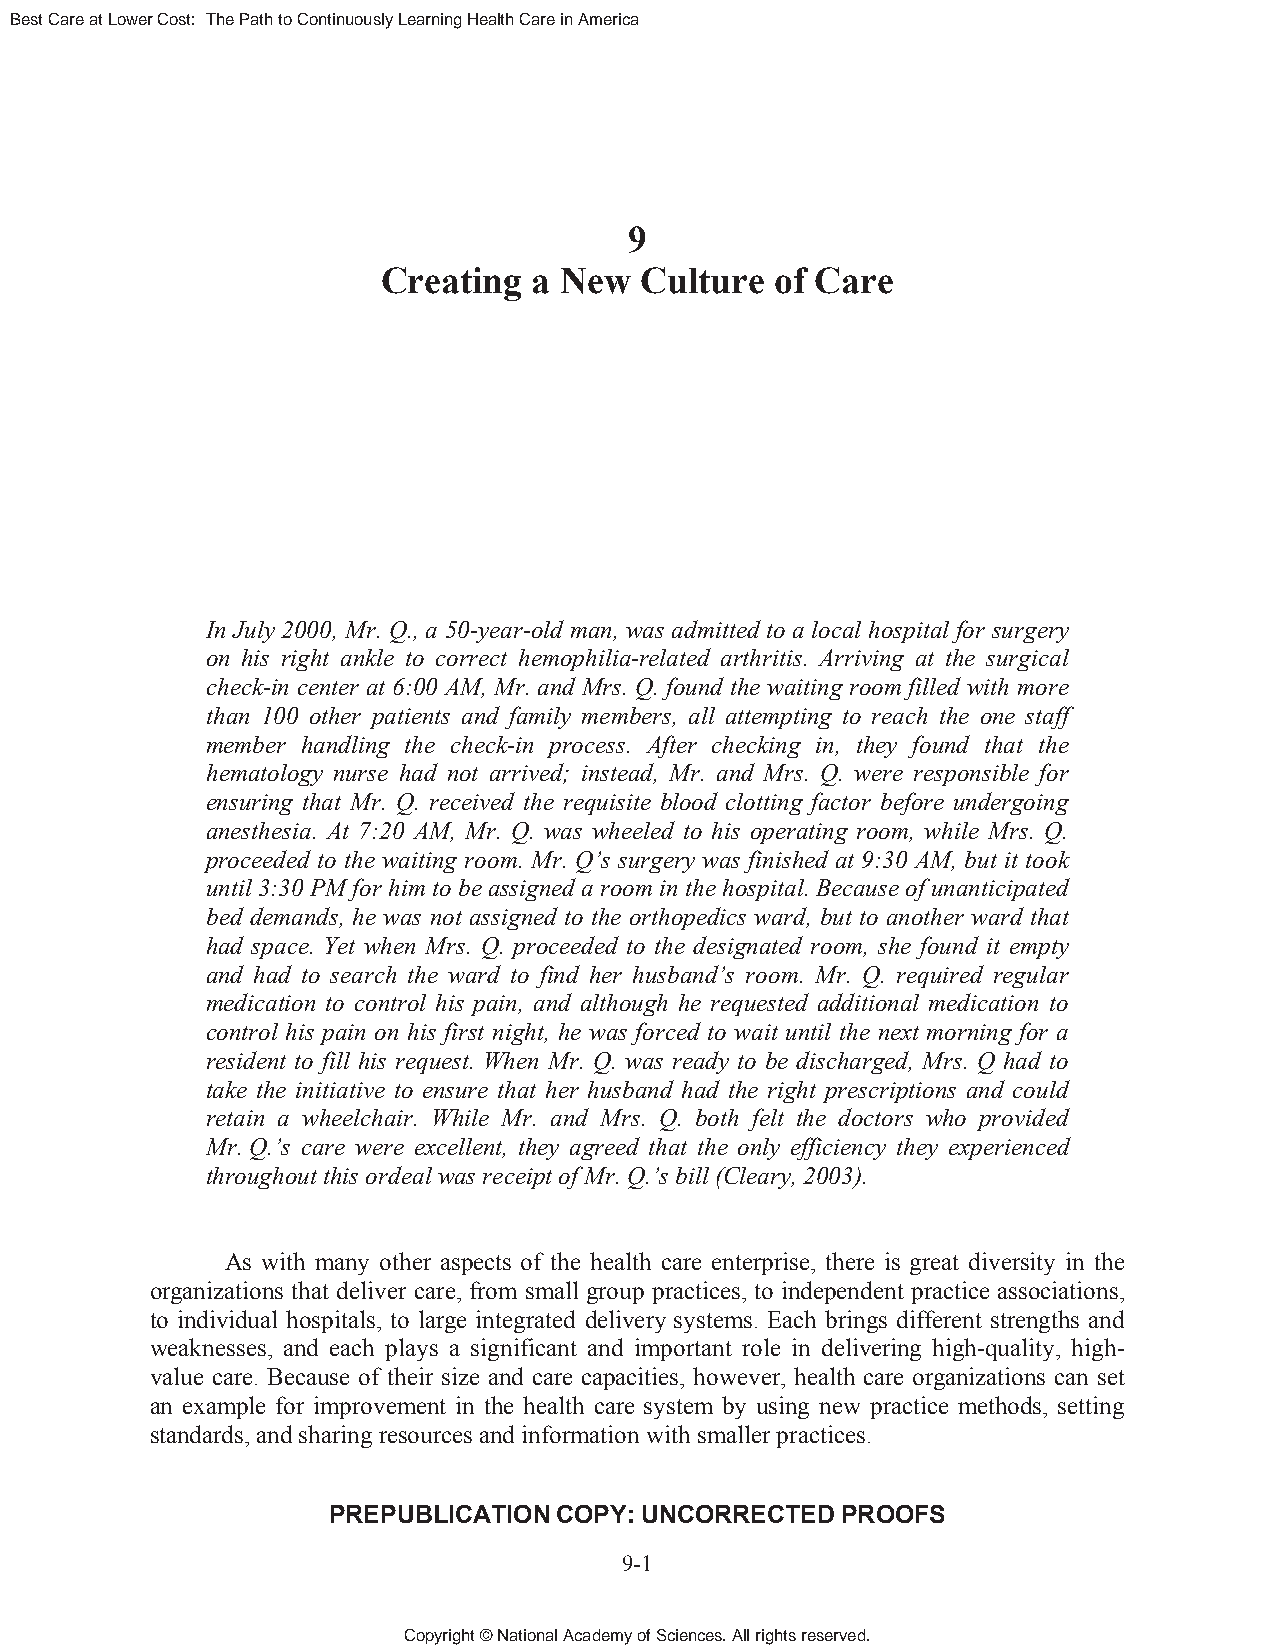
Best Care at Lower Cost: The Path to Continuously Learning Health Care in America
 9
 Creating  a New  Culture  of Care
 In July 2000, Mr. Q., a 50-year-old man, was admitted to a local hospital for surgery
 on his right ankle to correct hemophilia-related arthritis. Arriving at the surgical
 check-in center at 6:00 AM, Mr. and Mrs. Q. found the waiting room filled with more
 than 100 other patients and family members, all attempting to reach the one staff
 member handling the check-in process. After checking in, they found that the
 hematology nurse had not arrived; instead, Mr. and Mrs. Q. were responsible for
 ensuring that Mr. Q. received the requisite blood clotting factor before undergoing
 anesthesia. At 7:20 AM, Mr. Q. was wheeled to his operating room, while Mrs. Q.
 proceeded to the waiting room. Mr. Q’s surgery was finished at 9:30 AM, but it took
 until 3:30 PM for him to be assigned a room in the hospital. Because of unanticipated
 bed demands, he was not assigned to the orthopedics ward, but to another ward that
 had space. Yet when Mrs. Q. proceeded to the designated room, she found it empty
 and had to search the ward to find her husband’s room. Mr. Q. required regular
 medication to control his pain, and although he requested additional medication to
 control his pain on his first night, he was forced to wait until the next morning for a
 resident to fill his request. When Mr. Q. was ready to be discharged, Mrs. Q had to
 take the initiative to ensure that her husband had the right prescriptions and could
 retain a wheelchair. While Mr. and Mrs. Q. both felt the doctors who provided
 Mr. Q.’s care were excellent, they agreed that the only efficiency they experienced
 throughout this ordeal was receipt of Mr. Q.’s bill (Cleary, 2003).
 As with many other aspects of the health care enterprise, there is great diversity in the
 organizations that deliver care, from small group practices, to independent practice associations,
 to individual hospitals, to large integrated delivery systems. Each brings different strengths and
 weaknesses, and each plays a significant and important role in delivering high-quality, high-
 value care. Because of their size and care capacities, however, health care organizations can set
 an example for improvement in the health care system by using new practice methods, setting
 standards, and sharing resources and information with smaller practices.
 PREPUBLICATION COPY: UNCORRECTED  PROOFS
 9-1
 Copyright © National Academy of Sciences. All rights reserved.